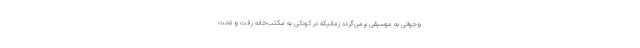
وجوانی به موسیقی برمی‌گردد زمانیکه در کودکی به مکتب‌خانه رفت و تحت